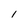
Character: l